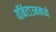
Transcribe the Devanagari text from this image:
यॉर्कटाउनमध्ये